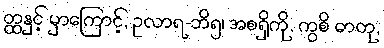
တ္ထနှင့် မှာကြောင့်, ဥလာရ-ဘိ၅၊ အစရှိကို, ကွစိ ဓာတု,